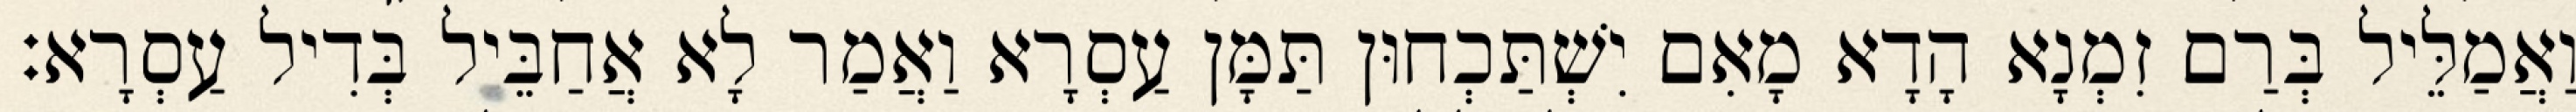
וַאֲמַלֵּיל בְּרַם זִמְנָא הָדָא מָאִם יִשְׁתַּכְחוּן תַּמָּן עַסְרָא וַאֲמַר לָא אֲחַבֵּיל בְּדִיל עַסְרָא׃